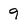
Character: 9